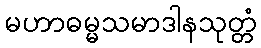
မဟာဓမ္မသမာဒါနသုတ္တံ